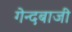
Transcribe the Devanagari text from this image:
गेन्दबाजी